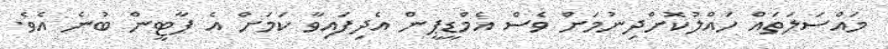
މައްސަލަތައް ހައްލުކޮށްދިނުމަށް ވެސް އެމްޑީޕީން އެދިފައިވާ ކަމަށް އެ ޕާޓީން ބުނެ އެވެ.